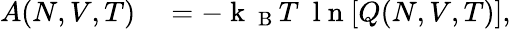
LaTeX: \begin{array}{rl}{A(N,V,T)}&{{}=-\mathrm{~k~}_{\mathrm{~B~}}T~\mathrm{~l~n~}[Q(N,V,T)],}\end{array}